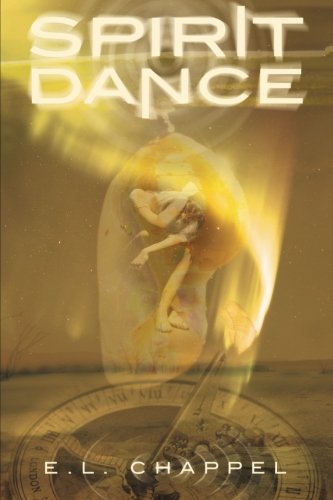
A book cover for Spirit Dance (In the Eye of the Storm); E.L. Chappel; Teen & Young Adult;